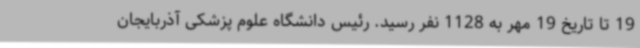
19 تا تاریخ 19 مهر به 1128 نفر رسید. رئیس دانشگاه علوم پزشکی آذربایجان